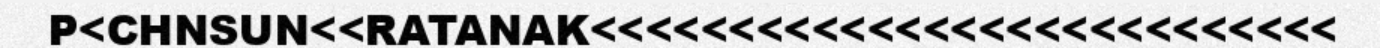
P<CHNSUN<<RATANAK<<<<<<<<<<<<<<<<<<<<<<<<<<<